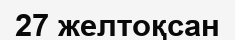
27 желтоқсан